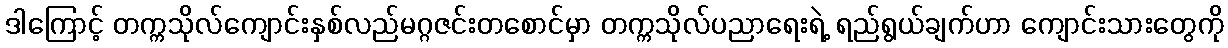
ဒါကြောင့် တက္ကသိုလ်ကျောင်းနှစ်လည်မဂ္ဂဇင်းတစောင်မှာ တက္ကသိုလ်ပညာရေးရဲ့ ရည်ရွယ်ချက်ဟာ ကျောင်းသားတွေကို